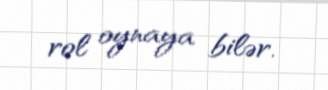
rol oynaya bilər.